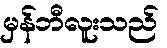
မှန်ဘီလူးသည်